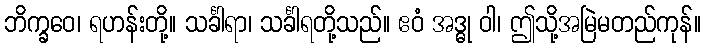
ဘိက္ခဝေ၊ ရဟန်းတို့။ သင်္ခါရာ၊ သင်္ခါရတို့သည်။ ဧဝံ အဒ္ဓု ဝါ၊ ဤသို့အမြဲမတည်ကုန်။